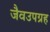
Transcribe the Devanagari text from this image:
जैवउपग्रह